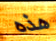
هذه